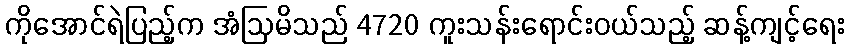
ကိုအောင်ရဲပြည့်က အံဩမိသည် 4720 ကူးသန်းရောင်းဝယ်သည့် ဆန့်ကျင့်ရေး